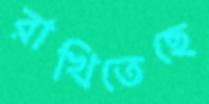
রাখিতেছে